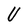
Character: U